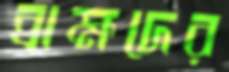
ব্রাহ্মদের